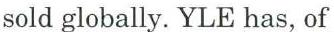
sold globally. YLE has, of